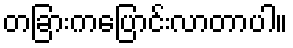
တခြားကပြောင်းလာတာပါ။